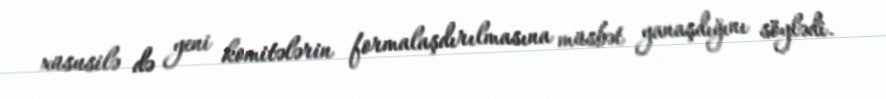
xüsusilə də yeni komitələrin formalaşdırılmasına müsbət yanaşdığını söylədi.